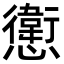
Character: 㦣